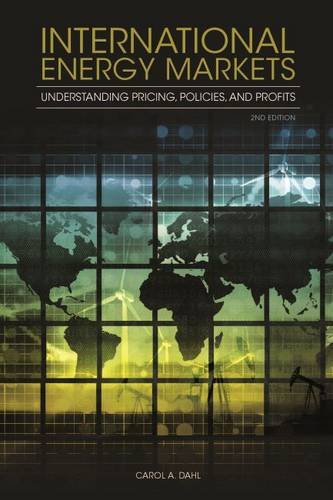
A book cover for International Energy Markets: Understanding Pricing, Policies, and Profits; Carol A. Dahl; Business & Money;